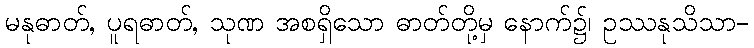
မနုဓာတ်, ပူရဓာတ်, သုဏ အစရှိသော ဓာတ်တို့မှ နောက်၌၊ ဥဿနုသိသာ-